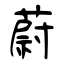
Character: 蔚